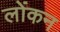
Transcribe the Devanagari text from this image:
लोंकन